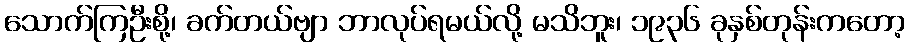
သောက်ကြဦးစို့၊ ခက်တယ်ဗျာ ဘာလုပ်ရမယ်လို့ မသိဘူး၊ ၁၉၃၆ ခုနှစ်တုန်းကတော့